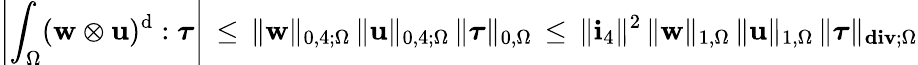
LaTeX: \left|\int_{\Omega}({\mathbf{w}}\otimes\mathbf{u})^{\mathrm{d}}:{\boldsymbol\tau}\right|\, \leq\, \| {\mathbf{w}}\| _{0,4;\Omega}\, \| \mathbf{u}\| _{0,4;\Omega}\, \| {\boldsymbol\tau}\| _{0,\Omega}\, \leq\, \| \mathbf{i}_{4}\| ^{2}\, \| {\mathbf{w}}\| _{1,\Omega}\, \| \mathbf{u}\| _{1,\Omega}\, \| {\boldsymbol\tau}\| _{\mathbf{div};\Omega}